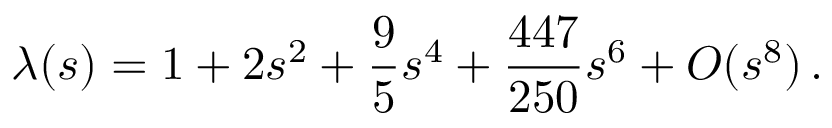
\lambda ( s ) = 1 + 2 s ^ { 2 } + \frac { 9 } { 5 } s ^ { 4 } + \frac { 4 4 7 } { 2 5 0 } s ^ { 6 } + O ( s ^ { 8 } ) \, .